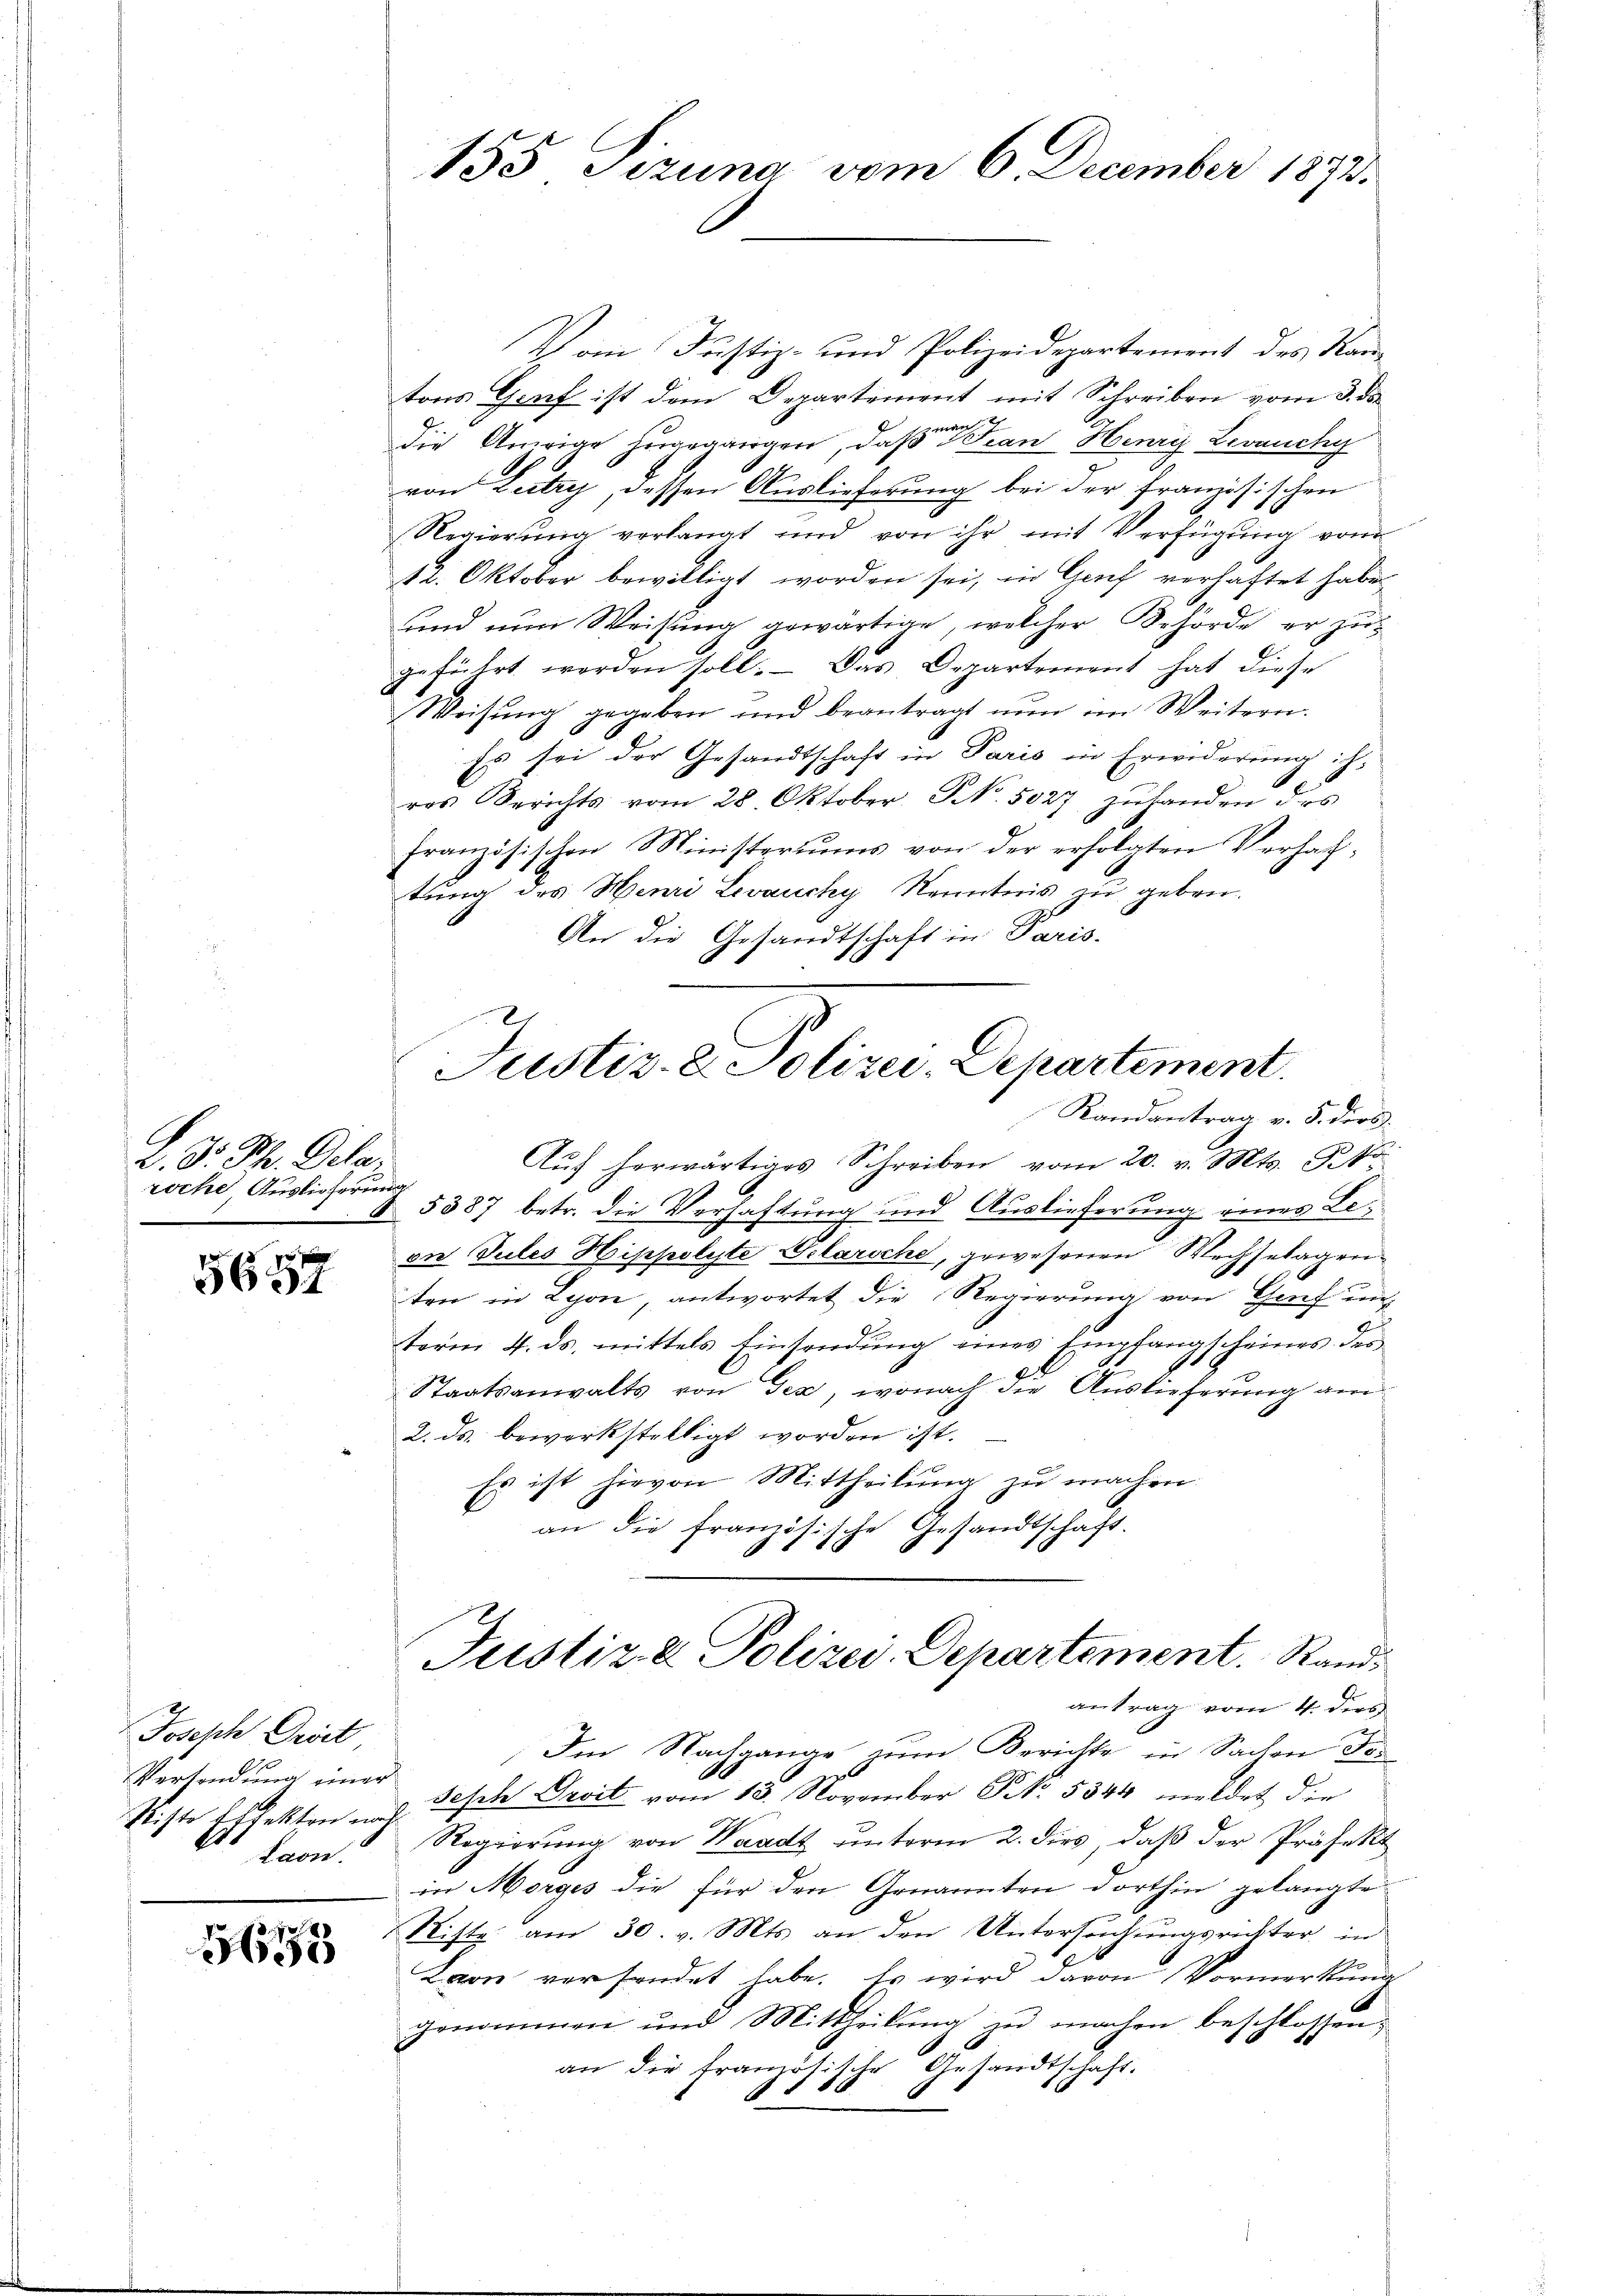
L. D. Ph. Delar
roche, Auslieferung

5657

Joseph Grist
Versendung einer
E

1679

Vom Justiz- und Polizeidepartement des Rautons Genf ist dem Departement mit Schreiben vom 3. ds.
die Anrige zugegangen, daß Frau Henry Levauch
von Lutry, dessen Auslieferung bei der Französischen
Regierung verlangt und von ihr mit Verfügung vom
12. Oktober bewilligt worden sei, in Genf verhaftet habe.
und nun Weisung gewärtige, welcher Behörde er zugeführt worden soll. Das Departement hat diese
Weisŭng gegeben und beantragt nŭn im Weitern.
Es sei der Gesandtschaft in Paris in Erwiderung ih
res Berichts vom 28. Oktober. No. 5027 zŭhanden des
französischen Ministeriums von der erfolgten Verhaftung des Henri Levaucky Kenntnis zu geben.
An die Gesandtschaft in Paris.
§ 5387 betr. die Verhaftung und Auslieferung eines Leene Gutes Hippolyte Selarsche, gewesenen Wechselagenten in Lyon, antwortet die Regierung von Genf un
term 4. ds. mittels Einsendung eines Empfangscheines des
Staatsanwalts von Tex, wonach die Auslieferung am
2. ds. bewerkstelligt worden ist.
Es ist hievon Mittheilung zu machen.
E
an die französische Gesandtschaft.
Justiz & Polizei Departement. Sandantrag vom 4. ders
Im Nachgange zum Berichte in Sachen For
Niste Eifekten Gesche Droit vom 13. November Nr. 5344 meldet die
Laon Regierŭng von Waadt ŭnterm 2. dies, daβ der Präfekt
in Morges die für den Genannten dorthin gelangte
Riste am 30. v. Mts. an den Untersuchungsrichter in
Laon versendet habe. Es wird davon Vormerkung
genommen und Mittheilung zu machen beschlossen,
6
an die französische Gesandtschaft.
8

155 Pizuna vom 6. December 1892.

Justiz- & Polizei-Departement.
Randantrag v. 5. dies
Aŭf herwärtiges Schreiben vom 20. v. Mts. St